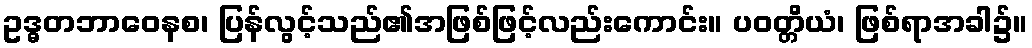
ဥဒ္ဓတဘာဝေနစ၊ ပြန်လွင့်သည်၏အဖြစ်ဖြင့်လည်းကောင်း။ ပဝတ္တိယံ၊ ဖြစ်ရာအခါ၌။